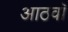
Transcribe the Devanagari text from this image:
आठवाॅ